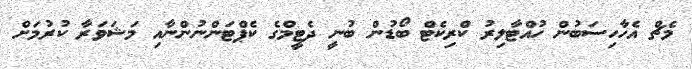
މެޗް އެހާހިސަބުން ހުއްޓާލިރު ކްރިކެޓް ބޯޑުން ބުނީ ދެޓީމްގެ ކެޕްޓަންނުންނާއި މަޝަވަރާ ކުރުމަށް